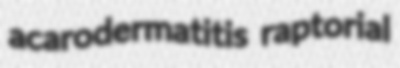
acarodermatitis raptorial